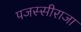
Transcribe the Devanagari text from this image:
पजस्सीराजा